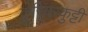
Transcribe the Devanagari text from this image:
कुरियरकुट्टी